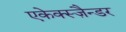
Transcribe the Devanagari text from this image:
एकेक्स्ज़ैन्डर